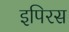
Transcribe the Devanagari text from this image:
इपिरस